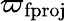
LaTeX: \varpi_{\mathrm{fproj}}